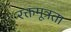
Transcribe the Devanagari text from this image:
रक्तमूत्रता